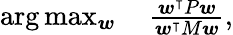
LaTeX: \begin{array}{r}{\arg\operatorname*{max}_{\boldsymbol{w}}\quad\frac{\boldsymbol{w^{\intercal}}P\boldsymbol{w}}{\boldsymbol{w^{\intercal}}M\boldsymbol{w}},}\end{array}